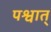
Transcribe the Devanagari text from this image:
पश्वात्